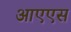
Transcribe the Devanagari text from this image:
आएएस